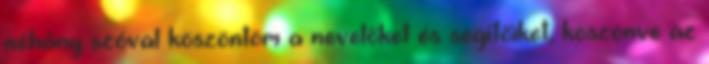
néhány szóval köszöntöm a nevelőket és segítőiket, köszönve az